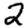
Digit: 2